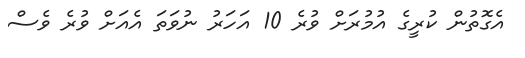
އެގޮތުން ކުރީގެ އުމުރަށް ވުރެ 10 އަހަރު ނުވަތަ އެއަށް ވުރެ ވެސް